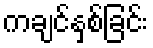
ကချင်နှစ်ခြင်း